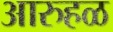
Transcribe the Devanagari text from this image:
आरुहळ